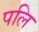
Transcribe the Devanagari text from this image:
पलि